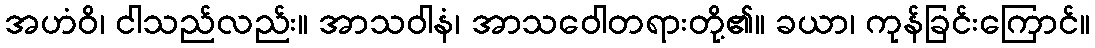
အဟံဝိ၊ ငါသည်လည်း။ အာသဝါနံ၊ အာသဝေါတရားတို့၏။ ခယာ၊ ကုန်ခြင်းကြောင်။